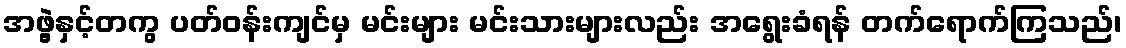
အဖွဲ့နှင့်တကွ ပတ်ဝန်းကျင်မှ မင်းများ မင်းသားများလည်း အရွေးခံရန် တက်ရောက်ကြသည်၊